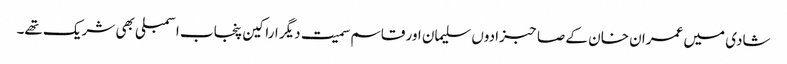
شادی میں عمران خان کے صاحبزادوں سلیمان اور قاسم سمیت دیگر اراکین پنجاب اسمبلی بھی شریک تھے۔